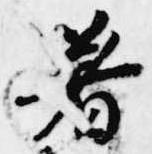
着